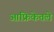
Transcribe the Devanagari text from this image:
आफ्रिकेतले